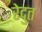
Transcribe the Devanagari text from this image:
रेदुत